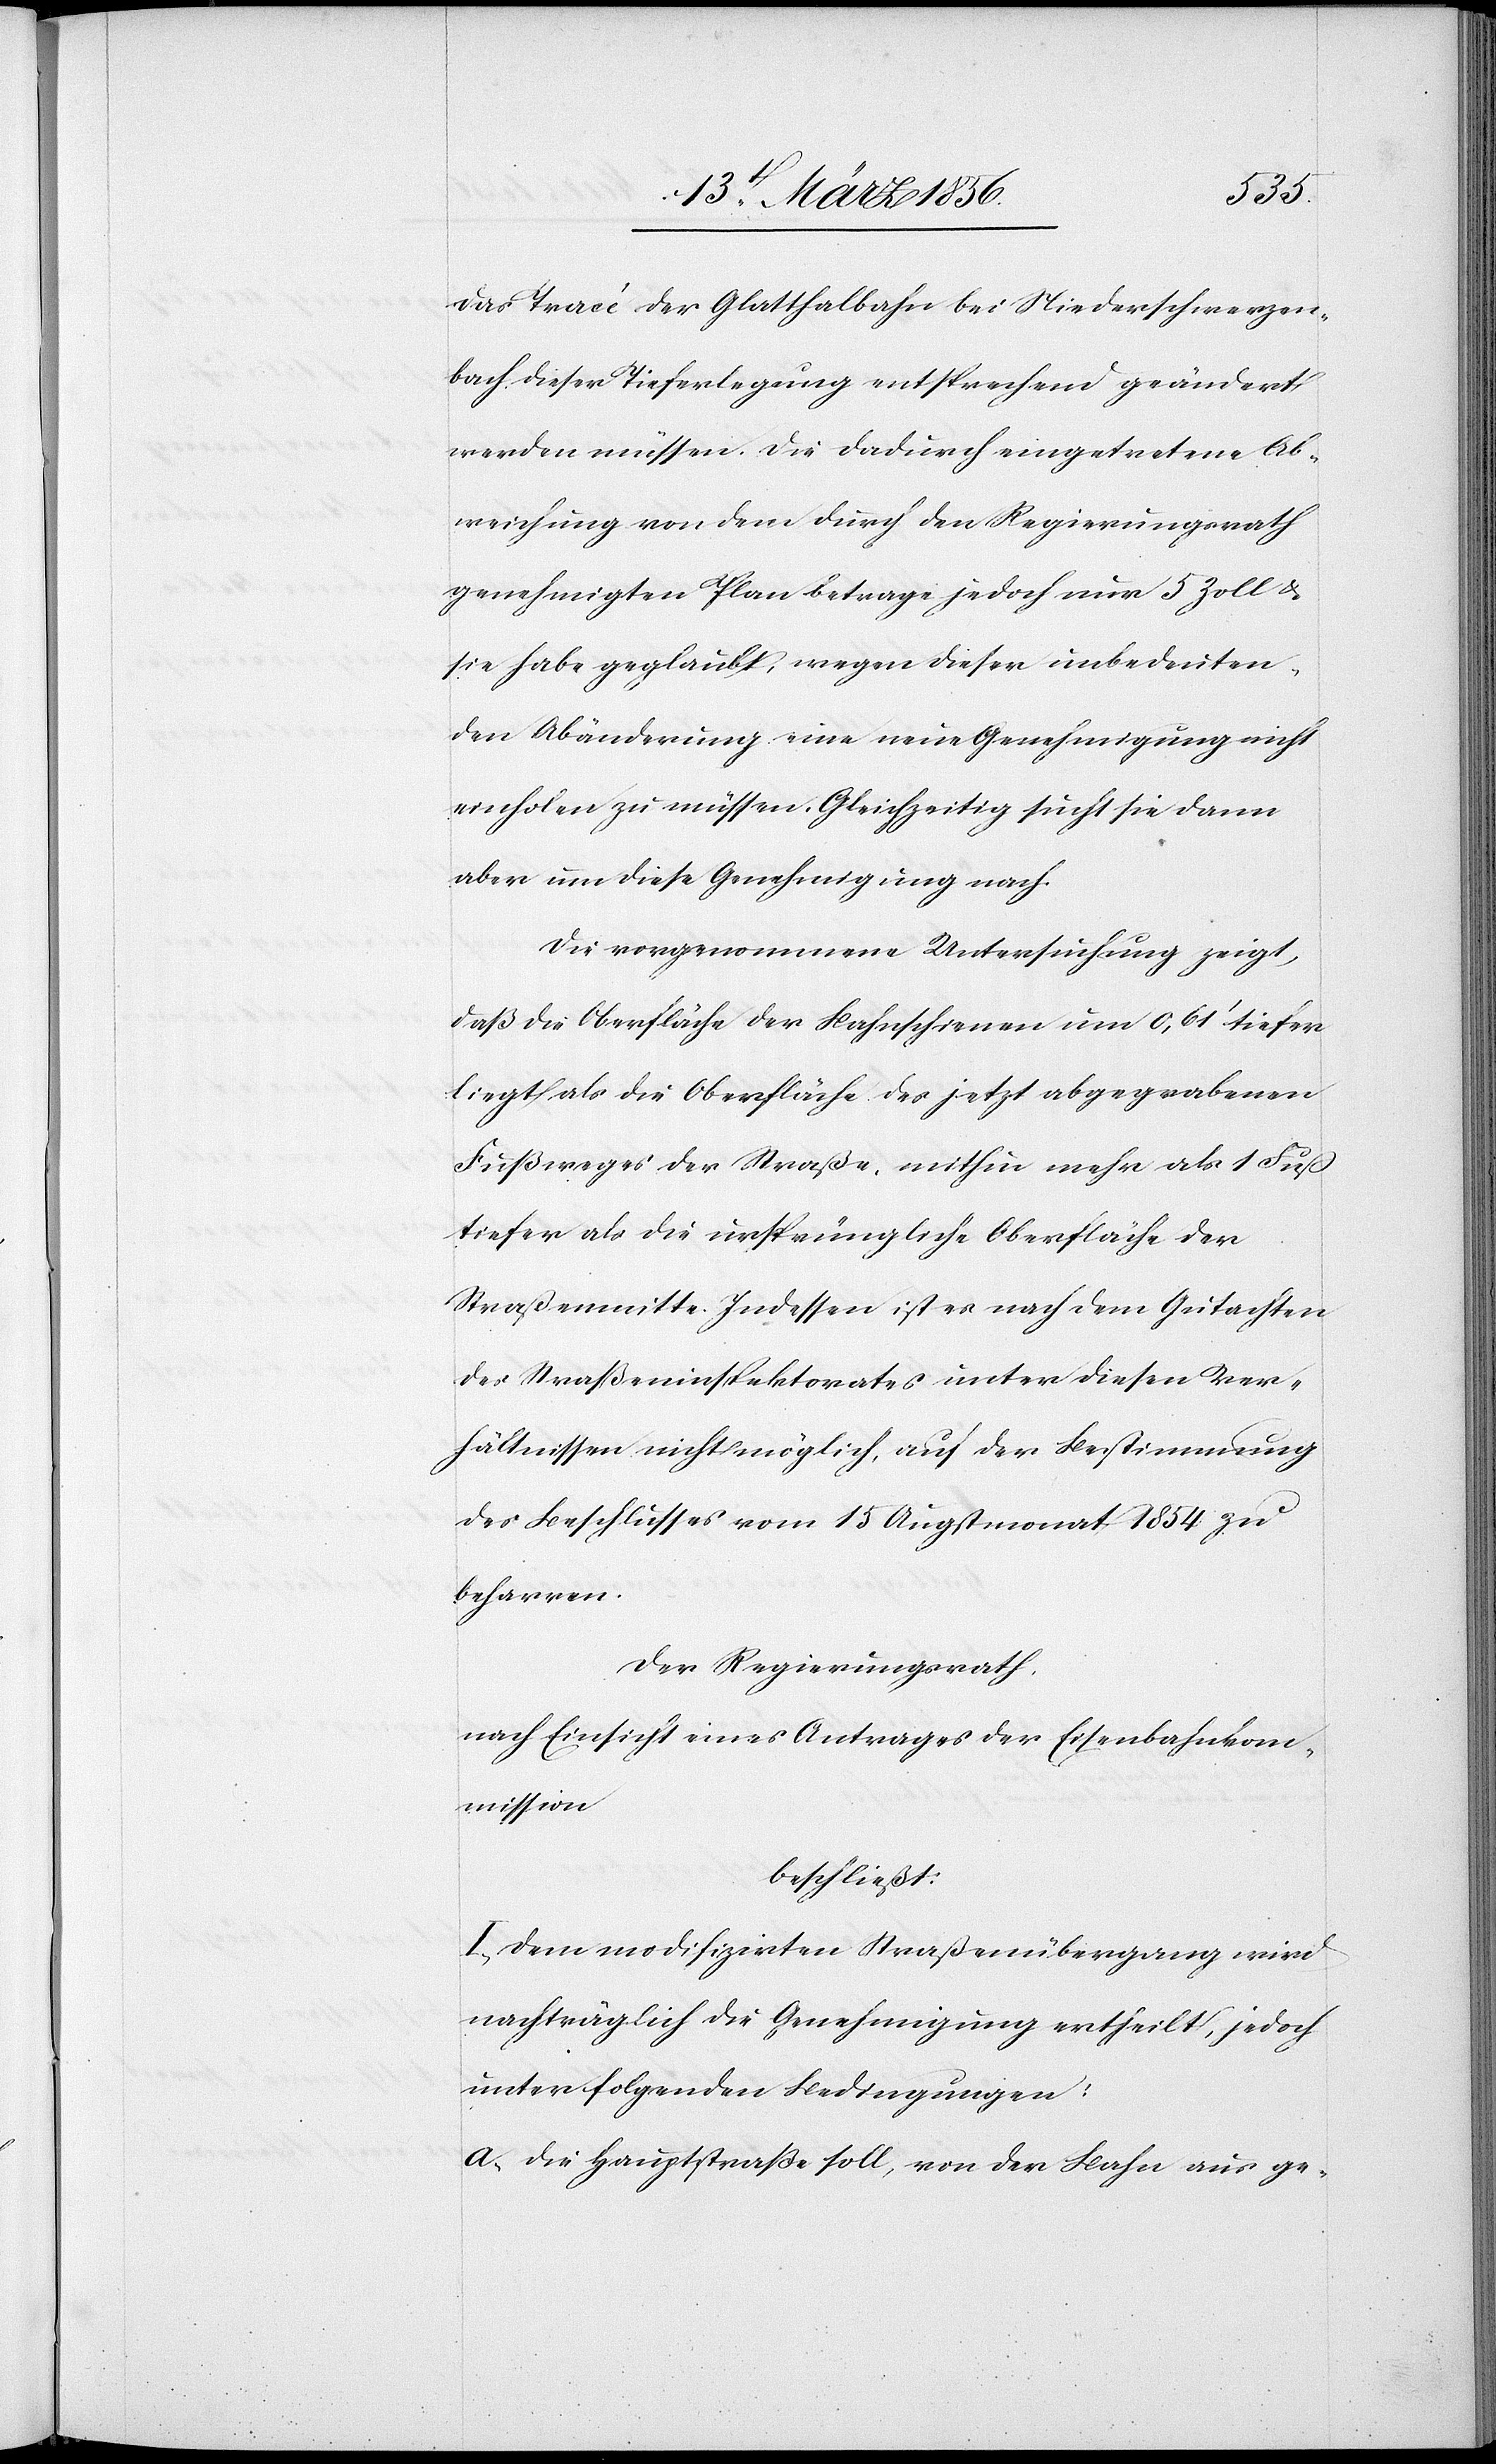
das Tracé der Glatthalbahn bei Niederschwerzen¬
bach dieser Tieferlegung entsprechend geändert
werden müssen. Die dadurch eingetretene Ab¬
weichung von dem durch den Regierungsrath
genehmigten Plan betrage jedoch nur 5 Zoll &
sie habe geglaubt, wegen dieser unbedeuten¬
den Abänderung eine neue Genehmigung nicht
einholen zu müssen. Gleichzeitig sucht sie dann
aber um diese Genehmigung nach.
Die vorgenommene Untersuchung zeigt,
daß die Oberfläche der Bahnschienen um 0,61’ tiefer
liegt als die Oberfläche des jetzt abgegrabenen
Fußweges der Straße, mithin mehr als 1 Fuß
tiefer als die ursprüngliche Oberfläche der
Straßenmitte. Indessen ist es nach dem Gutachten
des Straßeninspektorates unter diesen Ver¬
hältnissen nicht möglich, auf der Bestimmung
des Beschlusses vom 15 Augstmonat 1854 zu
beharren.
Der Regierungsrath,
nach Einsicht eines Antrages der Eisenbahnkom¬
mission
beschließt:
I., Dem modifizirten Straßenübergang wird
nachträglich die Genehmigung ertheilt, jedoch
unter folgenden Bedingungen:
a., Die Hauptstraße soll, von der Bahn aus ge-